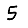
Digit: 5